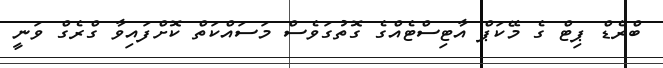
ބްރެޑް ޕިޓް ގެ މޭކަޕް އާޓިސްޓެއްގެ ގޮތުގަވެސް މަސައްކަތް ކޮށްފައިވާ ގްރެގް ވަނީ